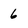
Character: 6